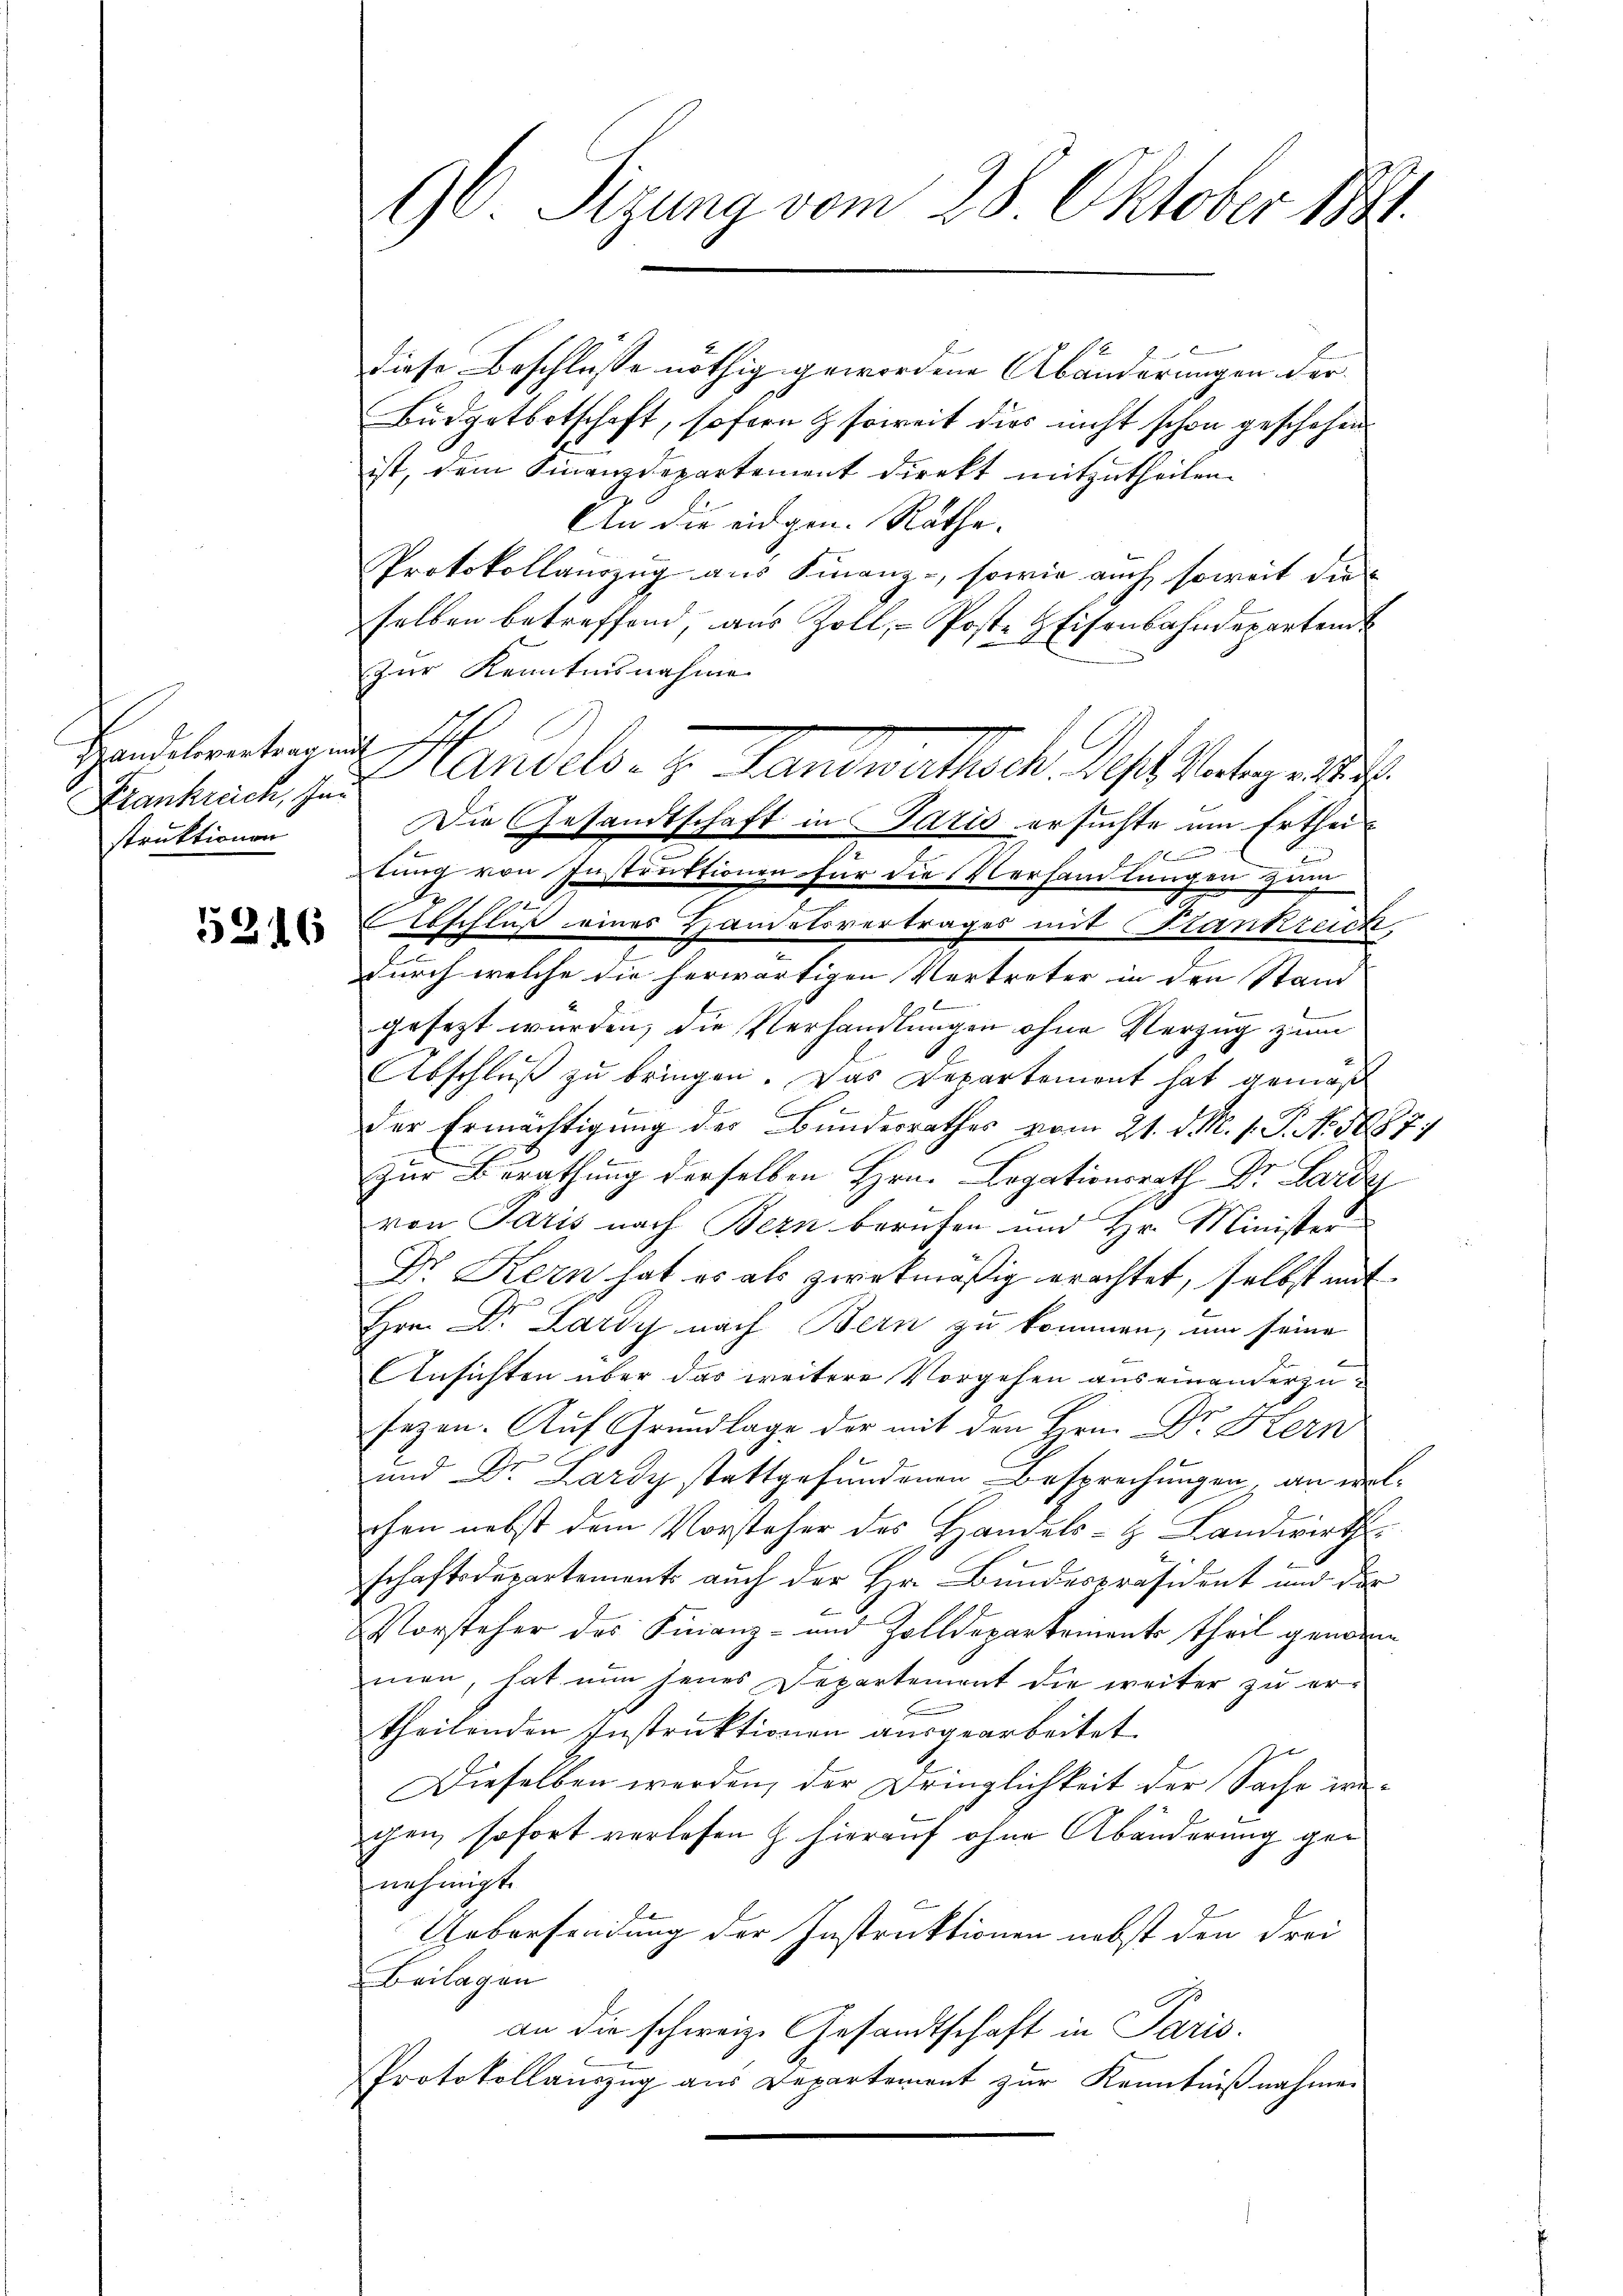
Handelsvertragung
Krankreich, Ini
struktionen

5316

diese Beschlüsse nöthig gewordene Abänderungen der
Büdgetbotschaft, sofern & soweit dies nicht schon geschehen
ist, dem Finanzdepartement direkt mitzutheilen.
An die eidgen. Räthe.
Protokollauszug aus Finanz-, sowie auch soweit die
selben betreffend, aus Zoll, - Poste HEisenbahndeparten
zur Kenntnisnahme
x
tung von Instruktionen für die Verhandlungen zum
bschluß eines Handelsvertrages mit Stankreich,
durch welche die herwärtigen Vertreter in den Stand
gesezt wurden, die Verhandlungen ohne Verzug zum
Abschluß zu bringen. Das Departement hat gemäß
der Ermächtigung des Bundesrathes vom 21. d. M. 1. P. No. 1887
Zur Berathung derselben Hrn. Legationsrath Dr. Lardy
von Paris nach Bern berufen und Hr. Minister
Dr Kern hat es als zwekmäßig erachtet, selbst mit
Hrn. Dr. Lardy nach Bern zu kommen, um seine
Ansichten über das weitere Vorgehen auseinanderzusezen. Auf Grundlage der mit den Hrn. Dr Kern
und Dr. Lardy stattgefundenen Besprechungen, an well
chen nebst dem Vorsteher des Handels- & Landwirth
schaftsdepartements auch der Hr. Bundespräsident und der
Vorsteher des Finanz- und Zolldepartements theil genden
men, hat nun jenes Departement die weiter zu ertheilenden Instruktionen ausgearbeitet.
Dieselben werden, der Dringlichkeit der Sache wegen, sofort verlesen h. hierauf ohne Abänderung ger
nehmigt.
Uebersendung der Instruktionen nebst den drei
Beilagen
an die schweiz. Gesandtschaft in Paris.
Protokollanzug aus Departement zur Kenntnißnahmen

96 Sizung vom 28. Oktober 1891.

Handels- u. Landratheck des Vertigent
Die Gesandtschaft in Paris ersuchte um Erthei¬